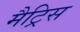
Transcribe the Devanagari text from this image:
मैट्रिस